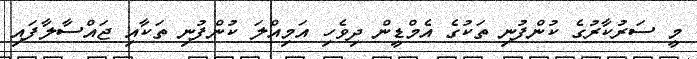
މީ ސަރުކާރުގެ ކުންފުނި ތަކުގެ އެމްޑީން ދިވެހި އަމިއްލަ ކުންފުނި ތަކާއި ޖައްސާލާފައި